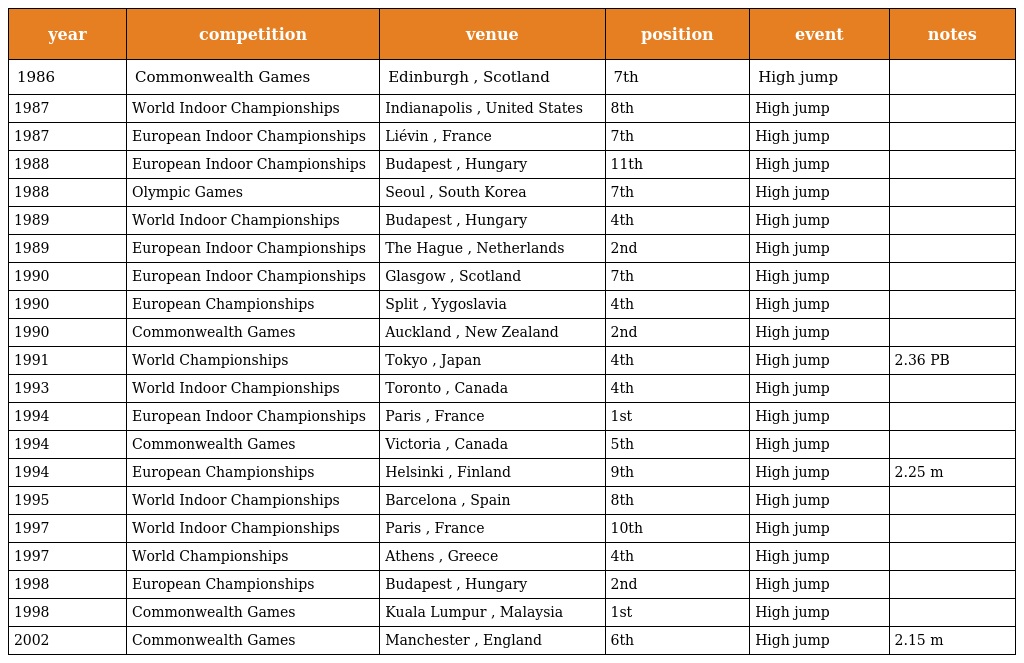
| year | competition | venue | position | event | notes |
 | --- | --- | --- | --- | --- | --- |
 | 1986 | Commonwealth Games | Edinburgh , Scotland | 7th | High jump |  |
 | 1987 | World Indoor Championships | Indianapolis , United States | 8th | High jump |  |
 | 1987 | European Indoor Championships | Liévin , France | 7th | High jump |  |
 | 1988 | European Indoor Championships | Budapest , Hungary | 11th | High jump |  |
 | 1988 | Olympic Games | Seoul , South Korea | 7th | High jump |  |
 | 1989 | World Indoor Championships | Budapest , Hungary | 4th | High jump |  |
 | 1989 | European Indoor Championships | The Hague , Netherlands | 2nd | High jump |  |
 | 1990 | European Indoor Championships | Glasgow , Scotland | 7th | High jump |  |
 | 1990 | European Championships | Split , Yygoslavia | 4th | High jump |  |
 | 1990 | Commonwealth Games | Auckland , New Zealand | 2nd | High jump |  |
 | 1991 | World Championships | Tokyo , Japan | 4th | High jump | 2.36 PB |
 | 1993 | World Indoor Championships | Toronto , Canada | 4th | High jump |  |
 | 1994 | European Indoor Championships | Paris , France | 1st | High jump |  |
 | 1994 | Commonwealth Games | Victoria , Canada | 5th | High jump |  |
 | 1994 | European Championships | Helsinki , Finland | 9th | High jump | 2.25 m |
 | 1995 | World Indoor Championships | Barcelona , Spain | 8th | High jump |  |
 | 1997 | World Indoor Championships | Paris , France | 10th | High jump |  |
 | 1997 | World Championships | Athens , Greece | 4th | High jump |  |
 | 1998 | European Championships | Budapest , Hungary | 2nd | High jump |  |
 | 1998 | Commonwealth Games | Kuala Lumpur , Malaysia | 1st | High jump |  |
 | 2002 | Commonwealth Games | Manchester , England | 6th | High jump | 2.15 m |